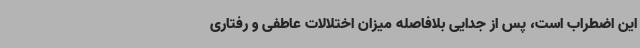
این اضطراب است، پس از جدایی بلافاصله میزان اختلالات عاطفی و رفتاری